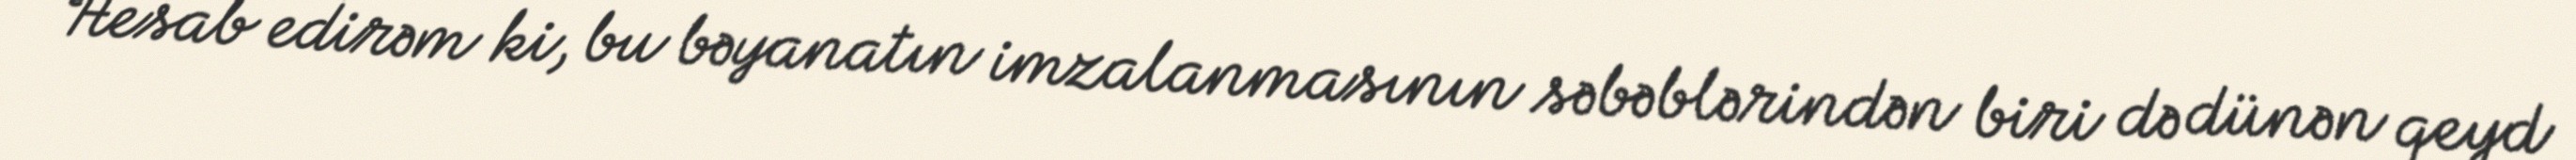
Hesab edirəm ki, bu bəyanatın imzalanmasının səbəblərindən biri də dünən qeyd